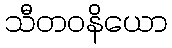
သီတဝနိယော